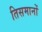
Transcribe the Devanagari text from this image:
तिसमानों